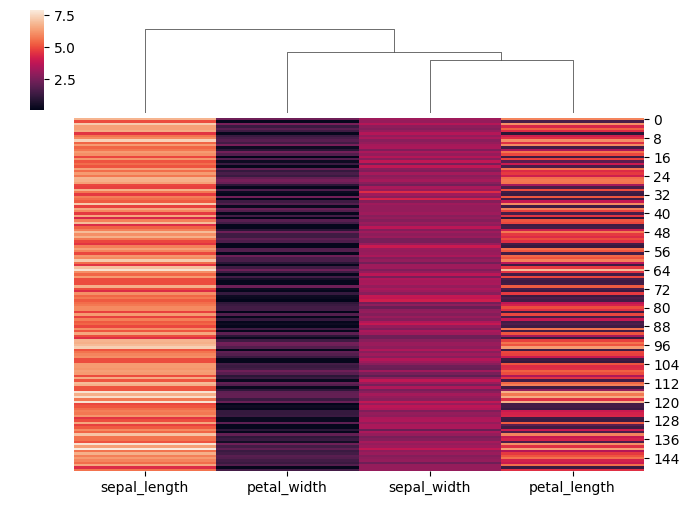
python, seaborn, clustermap, figsize=(7, 5), row_cluster=False, dendrogram_ratio=(0.1, 0.2), cbar_pos=(0.05, 0.8, 0.02, 0.2)